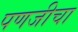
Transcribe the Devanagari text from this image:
पणजीचा